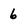
Character: 6